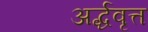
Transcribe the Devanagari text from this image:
अर्द्धवृत्त